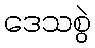
ဒေသစွဲ